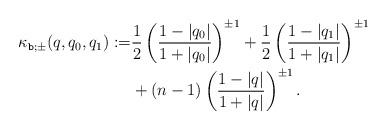
LaTeX: \begin{align*}\kappa_{\texttt{b};\pm}(q,q_0,q_1):=&\frac{1}{2}\left( \frac{1-|q_0|}{1 + |q_0|} \right)^{\pm 1}+\frac{1}{2} \left(\frac{1-|q_1|}{1+ |q_1|} \right)^{\pm 1} \\&+ (n-1)\left( \frac{1-|q|}{1+|q|}\right)^{\pm 1} . \end{align*}